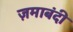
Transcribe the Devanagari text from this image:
ज़माबंदी